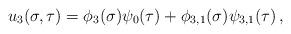
LaTeX: \begin{align*} u_3 (\sigma, \tau) = \phi_{3}(\sigma) \psi_0(\tau) + \phi_{3,1}(\sigma) \psi_{3,1} (\tau)\,,\end{align*}